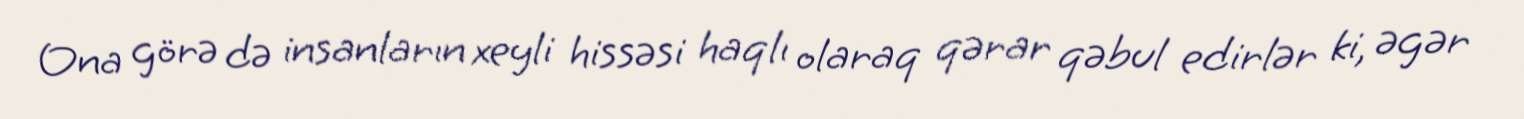
Ona görə də insanların xeyli hissəsi haqlı olaraq qərar qəbul edirlər ki, əgər